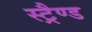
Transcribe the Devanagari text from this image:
स्ट्रैण्ड